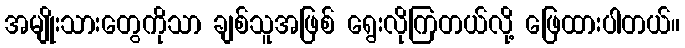
အမျိုးသားတွေကိုသာ ချစ်သူအဖြစ် ရွေးလိုကြတယ်လို့ ဖြေထားပါတယ်။